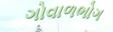
ગોવાળભોગ